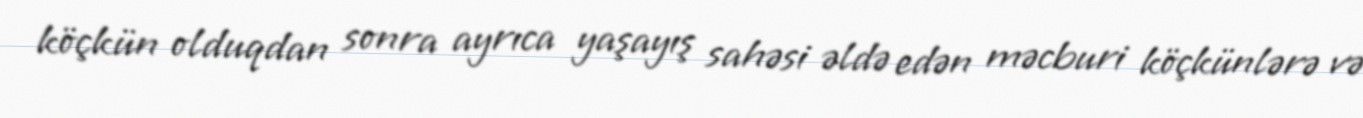
köçkün olduqdan sonra ayrıca yaşayış sahəsi əldə edən məcburi köçkünlərə və